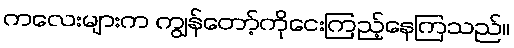
ကလေးများက ကျွန်တော့်ကိုငေးကြည့်နေကြသည်။